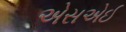
એસએઈ